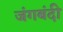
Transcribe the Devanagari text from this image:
जंगबंदी